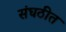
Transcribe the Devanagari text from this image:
संघठीत